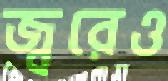
জ্বরেও